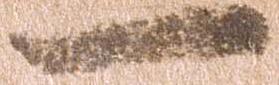
一